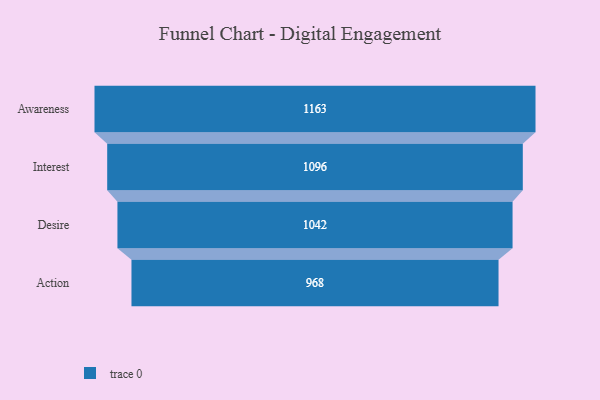
{"axis": {"x": "Stage", "y": "Value"}, "legend": [""], "data": [{"x": "Awareness", "y": 1163.0, "type": ""}, {"x": "Interest", "y": 1096.0, "type": ""}, {"x": "Desire", "y": 1042.0, "type": ""}, {"x": "Action", "y": 968.0, "type": ""}]}